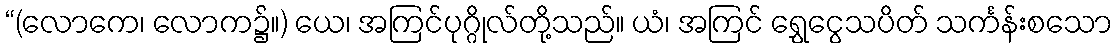
“(လောကေ၊ လောက၌။) ယေ၊ အကြင်ပုဂ္ဂိုလ်တို့သည်။ ယံ၊ အကြင် ရွှေငွေသပိတ် သင်္ကန်းစသော